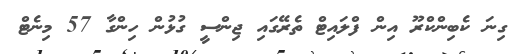
ގިނަ ކެބިންކްރޫ އިން ފްލައިޓް ތެރޭގައި ޖިންސީ ގުޅުން ހިންގާ 57 މިނެޓް